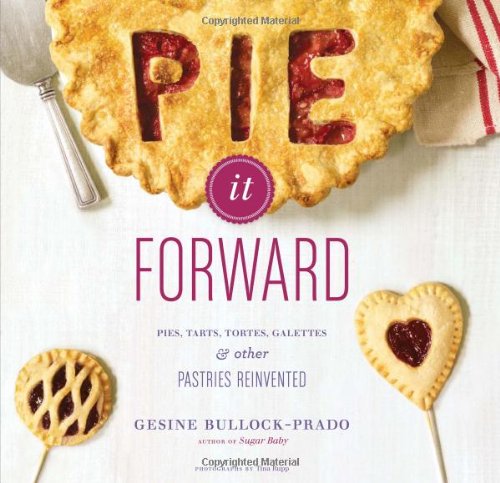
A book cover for Pie It Forward: Pies, Tarts, Tortes, Galettes, and Other Pastries Reinvented; Gesine Bullock-Prado; Cookbooks, Food & Wine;